Eestimaa_Kommunistliku_Partei_Keskkomitee, lk 36
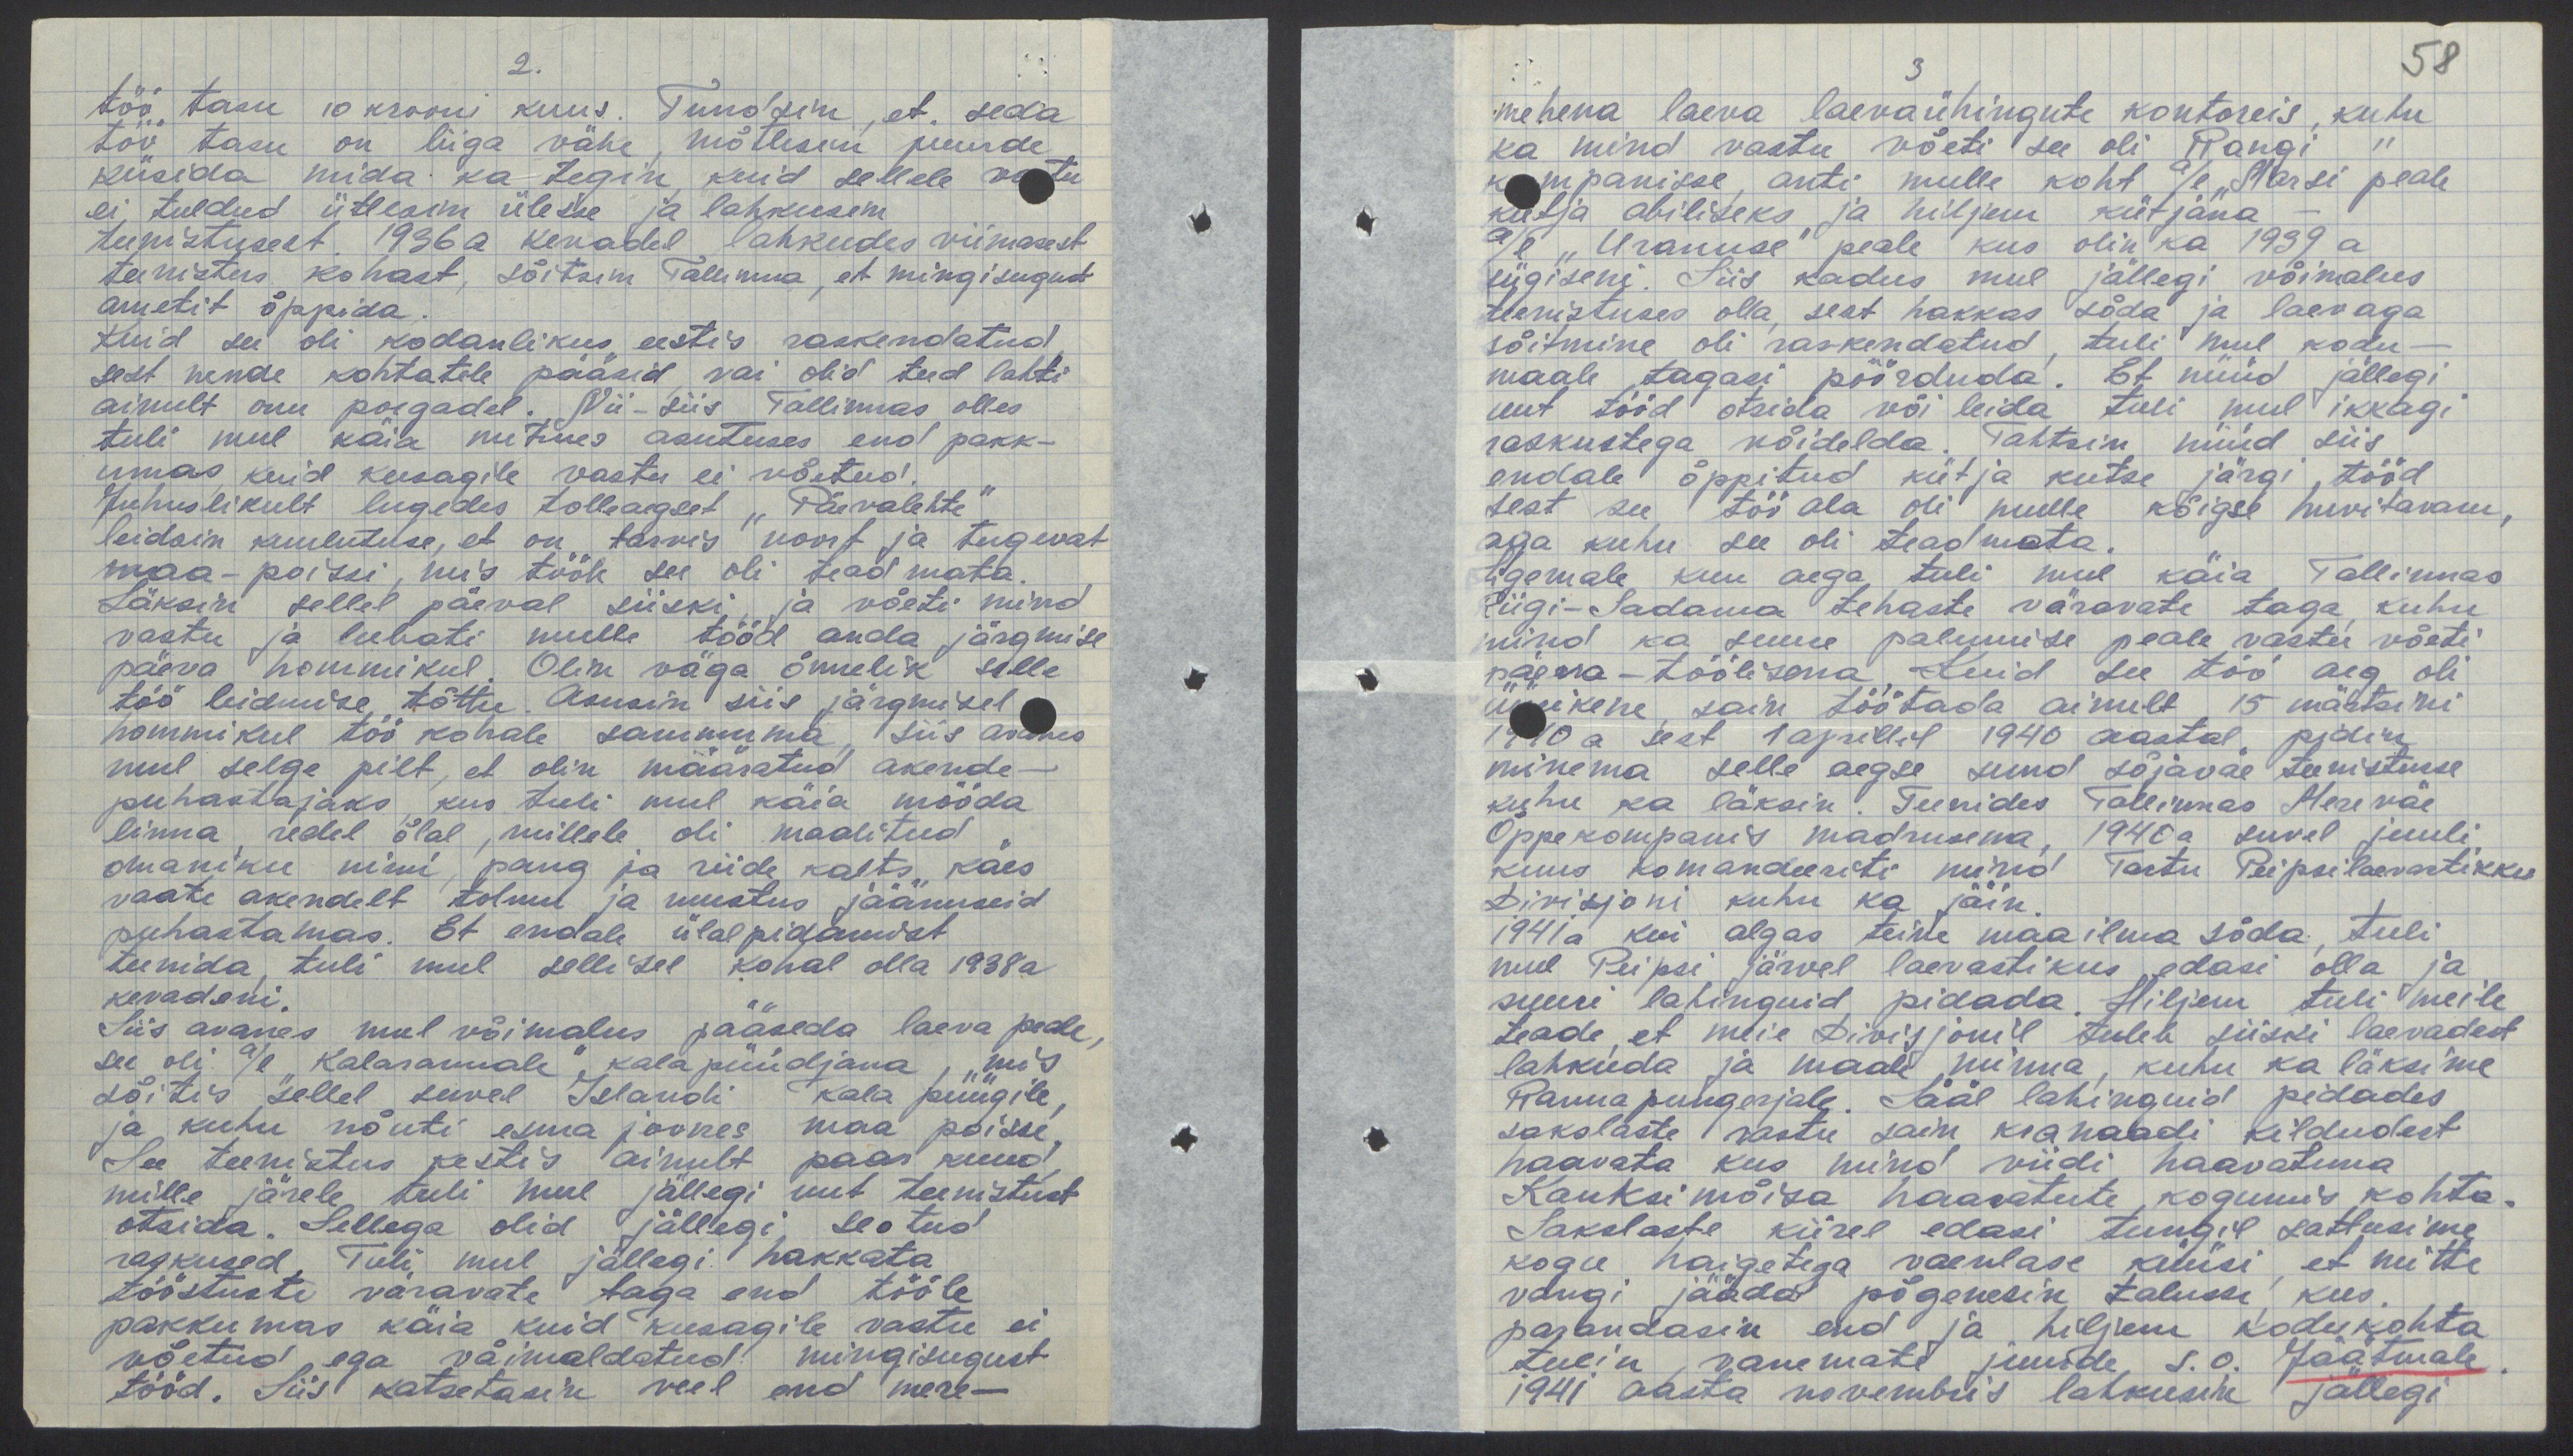
58

2.
töö tasu 10 krooni kuus. Tundsin, et seda
töö tasu on liiga vähe, mõtlesin juurde
küsida mida ka tegin kuid sellele vastu
ei tuldud ütlesin ülesse ja lahkusin
teenistusest 1936 a kevadel lahkudes viimasest
teenistus kohast, sõitsin Tallinna, et mingisugust
ametit õppida.
Kuid see oli kodanlikus eestis raskendatud
sest nende kohtatele pääsid vai olid teed lahti
ainult onu poegadel. Nii-siis Tallinnas olles
tuli mul käia mitmes asutuses end pakk-
umas, kuid kusagile vastu ei võetud.
Juhuslikult lugedes tolleagset "Päevalehte"
leidsin kuulutuse, et on tarvis noort ja tugevat
maa-poissi, mis tööle see oli teadmata.
Läksin sellel päeval siiski ja võeti mind
vastu ja lubati mulle tööd anda järgmise
päeva hommikul. Olin väga õnnelik selle
töö leidmise tõttu. Asusin siis järgmisel
hommikul töö kohale sammuma, siis avanes
mul selge pilt, et olin määratud akende-
puhastajaks kus tuli mul käia mööda
linna, redel õlal, millele oli maalitud
omaniku nimi, pang ja riide kalts käes
vaate akendelt tolmu ja mustus jäänuseid
puhastamas. Et endale ülalpidamist
teenida, tuli mul sellisel kohal olla 1938 a
kevadeni.
Siis avanes mul võimalus pääseda laeva peale
see oli a/l "Kalarannale", kalapüüdjana, mis
sõitis sellel kuvel Islandi kala püügile
ja kuhu nõuti esma joones maa poisse.
See teenistus kestis ainult paar kuud
mille järele tuli mul jällegi uut teenistust
otsida. Sellega olid jällegi seotud
raskused. Tuli mul jällegi hakkata
tööstuste väravate taga end tööle
pakkumas käia kuid kusagile vastu ei
võetud, ega võimaldatud mingisugust
tööd. Siis katsetasin veel end mere-

3
mehena laeva laevaühingute kontoreis, kuhu
ka mind vastu võeti see oli Rangi
kompanisse, anti mulle koht a/l "Marsi" peale
kütja abiliseks ja hiljem kütjana -
a/l "Uranuse" peale kus olin ka 1939 a
sügiseni. Siis kadus mul jällegi võimalus
teenistuses olla, sest hakkas sõda ja laevaga
sõitmine oli raskendatud, tuli mul kodu-
maale tagasi pöörduda. Et nüüd jällegi
uut tööd otsida või leida tuli mul ikkagi
raskustega võidelda. Tahtsin nüüd siis
endale õppitud kütja kutse järgi tööd
sest see töö ala oli mulle kõigse huvitavam,
aega kuhu see oli teadmata.
Ligemale kuu aega tuli mul käia Tallinnas
Riigi-Sadama tehaste väravate taga, kuhu
mind ka suure palumise peale vastu võeti
päeva-töölisena, Kuid see töö aeg oli
üürikene, sain töötada ainult 15 märtsini
1940 a sest 1 aprillil 1940 aastal pidin
minema selle aegse sund sõjaväe teenistusse
kuhu ka läksin. Teenides Tallinnas Mereväe
Õppekompanis madrusena, 1940 a suvel juuli
kuus komandeeriti mind Tartu Peipsilaevastikku
Divisjoni kuhu ka jäin.
1941a kui algas teine maailma sõda, tuli
mul Peipsi järvel laevastikus edasi olla ja
suuri lahinguid pidada. Hiljem tuli meile
teade, et meie Divisjonil tuleb siiski laevadest
lahkuda ja maale, minna, kuhu ka läksime
Rannapungerjale. Sääl lahinguid pidades
sakslaste vastu sain kranaadi kildudest
haavata kus mind viidi haavatuna
Kauksi mõisa haavatute kogumis kohta.
Sakslaste kiirel edasi tungil sattusime
kogu haigetega vaenlase küüsi et mitte
vangi jääda põgenesin talusse kus.
parandasin end ja hiljem kodukohta
tulin, vanemate juurde s.o. Jäätmale
1941 aasta novembris lahkusin jällegi